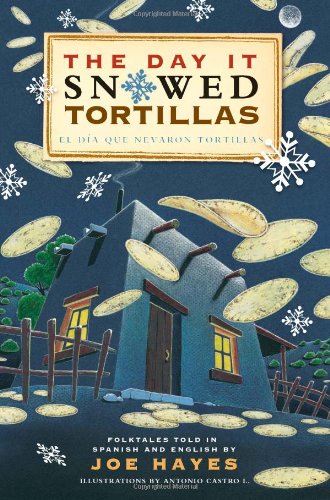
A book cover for The Day It Snowed Tortillas / El Dia Que Nevaron Tortillas, Folktales told in Spanish and English; Joe Hayes; Children's Books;